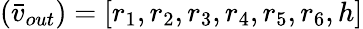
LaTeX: (\bar{v}_{out})=[r_{1},r_{2},r_{3},r_{4},r_{5},r_{6},h]